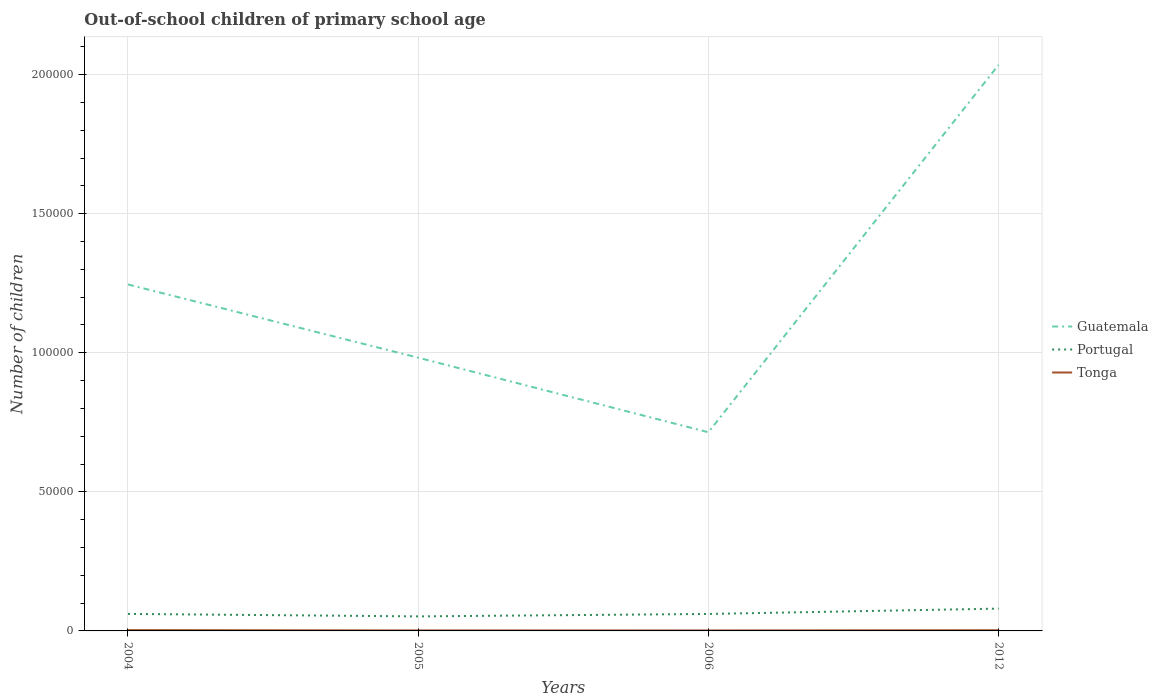
| Years | Guatemala | Portugal | Tonga |
 | --- | --- | --- | --- |
 | 2004 | 1.25e+05 | 6.12e+03 | 287 |
 | 2005 | 9.82e+04 | 5.22e+03 | 178 |
 | 2006 | 7.14e+04 | 6.1e+03 | 168 |
 | 2012 | 2.04e+05 | 8.02e+03 | 247 |